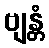
ဗျန္တံ